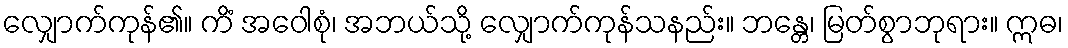
လျှောက်ကုန်၏။ ကိံ အဝေါစုံ၊ အဘယ်သို့ လျှောက်ကုန်သနည်း။ ဘန္တေ၊ မြတ်စွာဘုရား။ ဣဓ၊